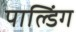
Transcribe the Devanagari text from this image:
पाल्डिंग